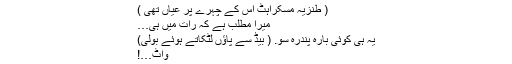
( طنزیہ مسکراہٹ اس کے چہرے پر عیاں تھی )
میرا مطلب ہے کہ رات میں ہی…
یہ ہی کوئی بارہ پندرہ سو. ( بیڈ سے پاؤں لٹکاتے ہوئے بولی)
واٹ…!